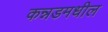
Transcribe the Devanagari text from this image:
कन्नडमधील